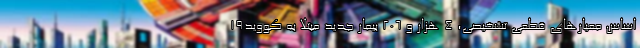
اساس معیارهای قطعی تشخیصی، ۴ هزار و ۲۰۶ بیمار جدید مبتلا به کووید۱۹